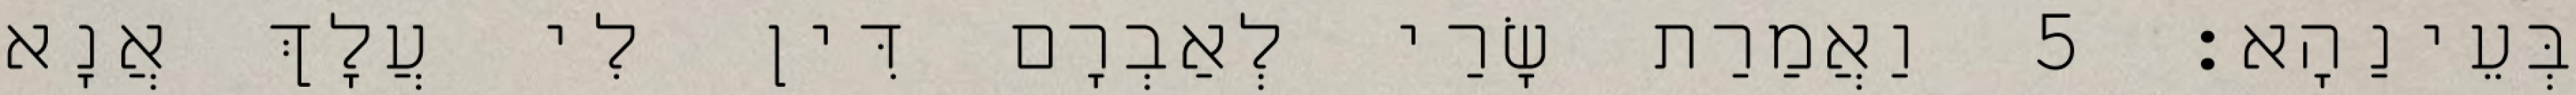
בְּעֵינַהָא׃ 5 וַאֲמַרַת שָׂרַי לְאַבְרָם דִּין לִי עֲלָךְ אֲנָא